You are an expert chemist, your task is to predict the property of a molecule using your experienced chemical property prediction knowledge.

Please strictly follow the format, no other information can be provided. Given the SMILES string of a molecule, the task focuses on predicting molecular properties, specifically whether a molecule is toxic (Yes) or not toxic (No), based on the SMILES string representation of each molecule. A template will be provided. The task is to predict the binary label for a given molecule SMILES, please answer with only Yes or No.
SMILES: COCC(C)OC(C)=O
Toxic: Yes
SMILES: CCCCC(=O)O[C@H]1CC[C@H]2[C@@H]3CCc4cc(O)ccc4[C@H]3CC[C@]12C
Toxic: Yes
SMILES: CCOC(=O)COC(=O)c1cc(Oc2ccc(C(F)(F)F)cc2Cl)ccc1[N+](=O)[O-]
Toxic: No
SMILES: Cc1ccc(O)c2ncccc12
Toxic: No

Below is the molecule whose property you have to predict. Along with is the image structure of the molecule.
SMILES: CCOC(=O)Cl
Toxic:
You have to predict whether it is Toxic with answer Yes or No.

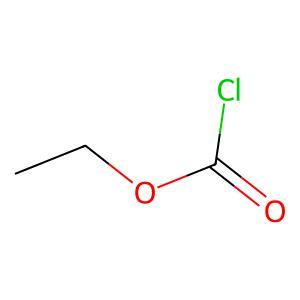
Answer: No